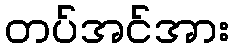
တပ်အင်အား